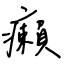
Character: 癩